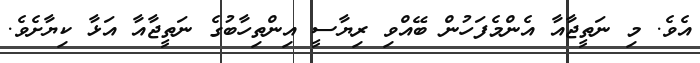
އެވެ. މި ނަތީޖާއާ އެންމެފަހުން ބޭއްވި ރިޔާސީ އިންތިހާބުގެ ނަތީޖާއާ އަޅާ ކިޔާށެވެ.